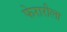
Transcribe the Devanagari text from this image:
फेरारीला